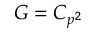
G = C _ { p ^ { 2 } }